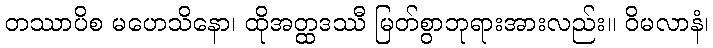
တဿာပိစ မဟေသိနော၊ ထိုအတ္ထဒဿီ မြတ်စွာဘုရားအားလည်း။ ဝိမလာနံ၊